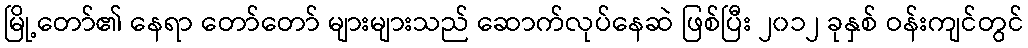
မြို့တော်၏ နေရာ တော်တော် များများသည် ဆောက်လုပ်နေဆဲ ဖြစ်ပြီး ၂၀၁၂ ခုနှစ် ဝန်းကျင်တွင်